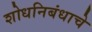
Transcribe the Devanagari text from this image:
शोधनिबंधाचे